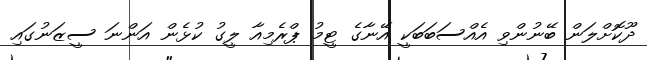
ދޫކޮށްލަން ބޭނުންވި އެއްސަބަބަކީ އޭނާގެ ޓީމު ޕްރެމިއާ ލީގު ކުޅެން އަންނަ ސީޒަނުގައި